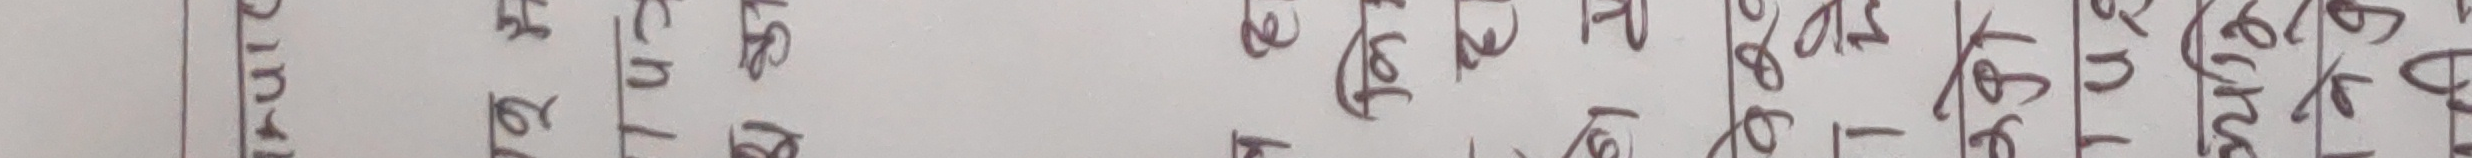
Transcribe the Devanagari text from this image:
को दिन रहेछ ।